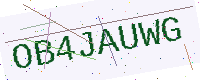
Text: OB4JAUWG